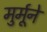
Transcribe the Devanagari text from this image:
मुर्मूने